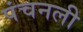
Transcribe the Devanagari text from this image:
पंचनली